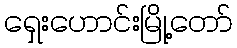
ရှေးဟောင်းမြို့တော်